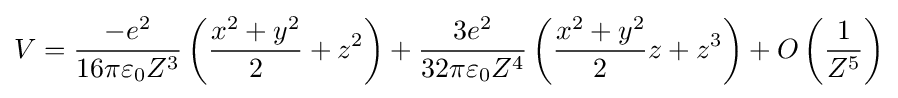
V={-e^{2} \over 16\pi \varepsilon _{0}Z^{3}}\left({\frac {x^{2}+y^{2}}{2}}+z^{2}\right)+{3e^{2} \over 32\pi \varepsilon _{0}Z^{4}}\left({\frac {x^{2}+y^{2}}{2}}{z}+z^{3}\right)+O\left({\frac {1}{Z^{5}}}\right)